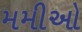
મમીઓ